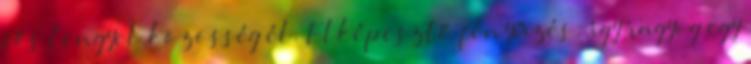
fős lengyel közösség él. Elképesztő fényűzés: így ragyog egy